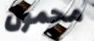
محمول